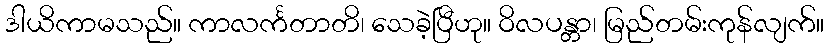
ဒါယိကာမသည်။ ကာလင်္ကတာတိ၊ သေခဲ့ပြီဟု။ ဝိလပန္တာ၊ မြည်တမ်းကုန်လျက်။